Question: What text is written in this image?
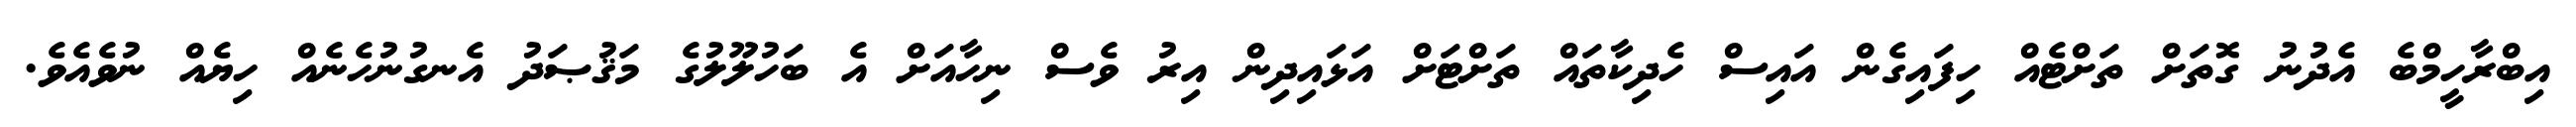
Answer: އިބްރާހީމްބެ އެދުނު ގޮތަށް ތަށްޓެއް ހިފައިގެން އައިސް ހެދިކާތައް ތަށްޓަށް އަޅައިދިން އިރު ވެސް ނިހާއަށް އެ ބަހުލޫލުގެ މަޤުޞަދު އެނގުނުހެނެއް ހިޔެއް ނުވެއެވެ.